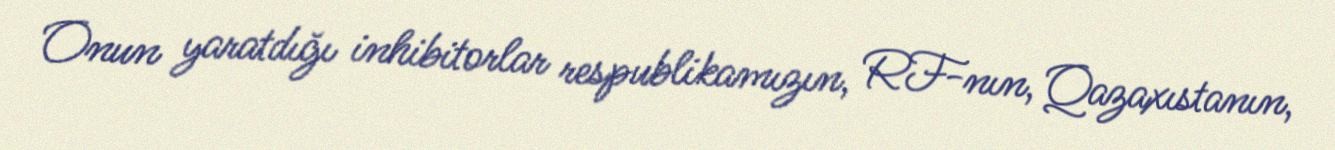
Onun yaratdığı inhibitorlar respublikamızın, RF-nın, Qazaxıstanın,